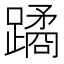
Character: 蹫